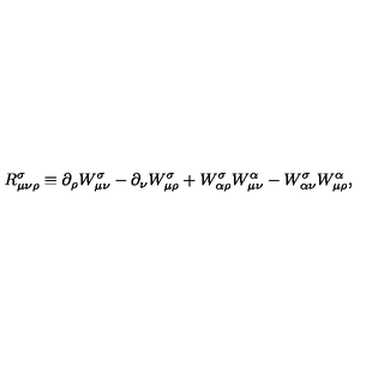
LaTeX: R ^ { \sigma } _ { \mu \nu \rho } \equiv \partial _ { \rho } W _ { \mu \nu } ^ { \sigma } - \partial _ { \nu } W _ { \mu \rho } ^ { \sigma } + W _ { \alpha \rho } ^ { \sigma } W _ { \mu \nu } ^ { \alpha } - W _ { \alpha \nu } ^ { \sigma } W _ { \mu \rho } ^ { \alpha } ,